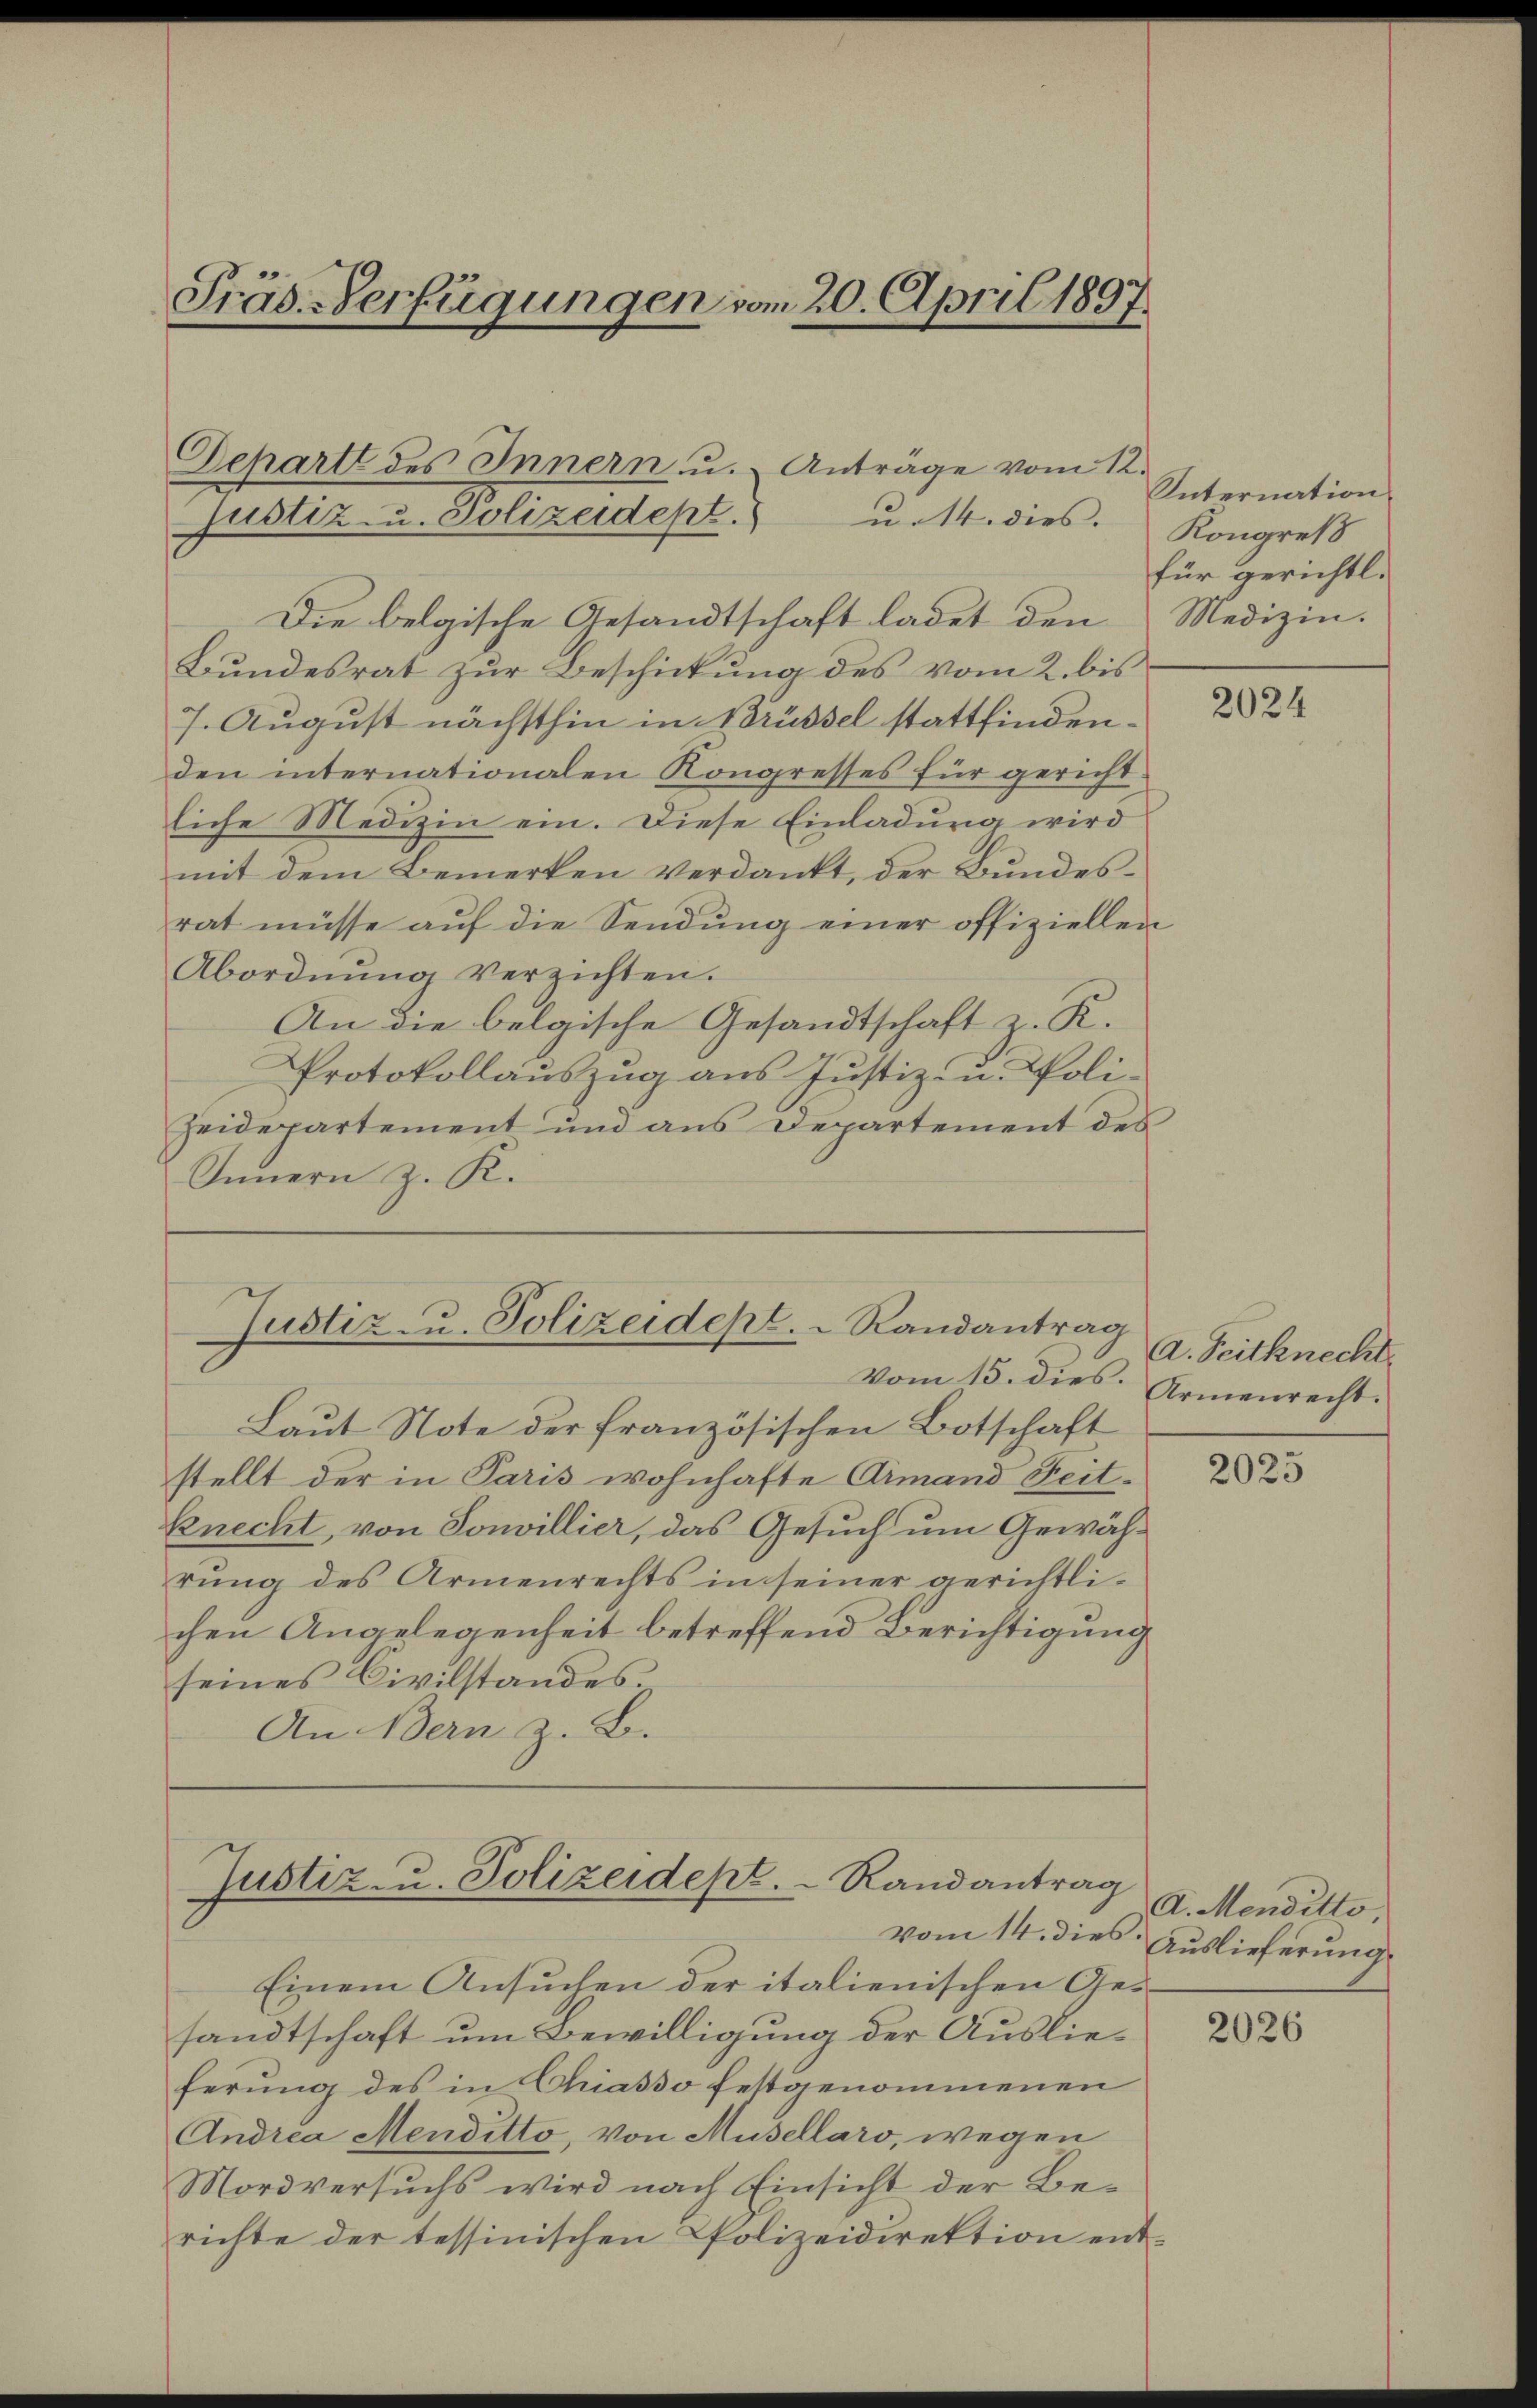
Präs. Verfügungen vom 20. April 1897.

Departe des Innern u. Antrage vom 12.
justiz- u. Polizeidept.
u. 14. dies.
Die belgische Gesandtschaft ladet den Medizin.
Bundesrat zur Beschickung des vom 2. bis
7. August nächsthin in Brüssel stattfinden.
den internationalen Kongresses für gericht-
liche Medizin ein. Diese Einladung wird
mit dem Bemerken verdankt, der Bundesrat müsse auf die Sendung einer offiziellen
Abordnŭng verzichten.
An die belgische Gesandtschaft z. R.
Protokollauszug aus Justiz- u. Poli-
Heidepartement und aus Departement des
Innern z. K.

Justiz u. Polizeidept. Randantrag

Justiz- u. Polizeidept.   Randantrag

Vom 15. dies.
Laut Note der französischen Botschaft
stellt der in Paris wohnhafte Armand Seitknecht, von Sonvillier, das Gesuch um Gewährung des Armenrechts in seiner gerichtlichen Angelegenheit betreffend Berichtigung
seines Civilstandes.
An Bern z. B.

Einem Ansuchen der italienischen Gesandtschaft um Bewilligung der Auslieferung des in Chiasso festgenommenen
Andrea Menditto, von Musellaro, wegen
Mordversuchs wird nach Einsicht der Berichte der tessinischen Polizeidirektion ent¬

Internation.
Kongreß
für gerichtl.

2024

a. Seitknecht.
Armenrecht.

2023

A. Menditto,
vom 14. dies Auslieferung

2026